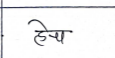
मजकूर: हेच